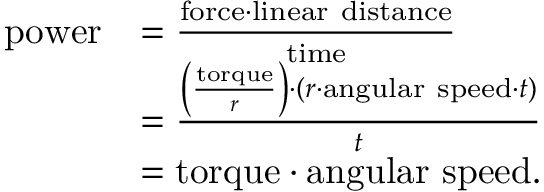
{ \begin{array} { r l } { { \mathrm { p o w e r } } } & { = { \frac { { \mathrm { f o r c e } } \cdot { \mathrm { l i n e a r ~ d i s t a n c e } } } { \mathrm { t i m e } } } } \\ & { = { \frac { \left( { \frac { \mathrm { t o r q u e } } { r } } \right) \cdot ( r \cdot { \mathrm { a n g u l a r ~ s p e e d } } \cdot t ) } { t } } } \\ & { = { \mathrm { t o r q u e } } \cdot { \mathrm { a n g u l a r ~ s p e e d } } . } \end{array} }